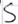
Text: S